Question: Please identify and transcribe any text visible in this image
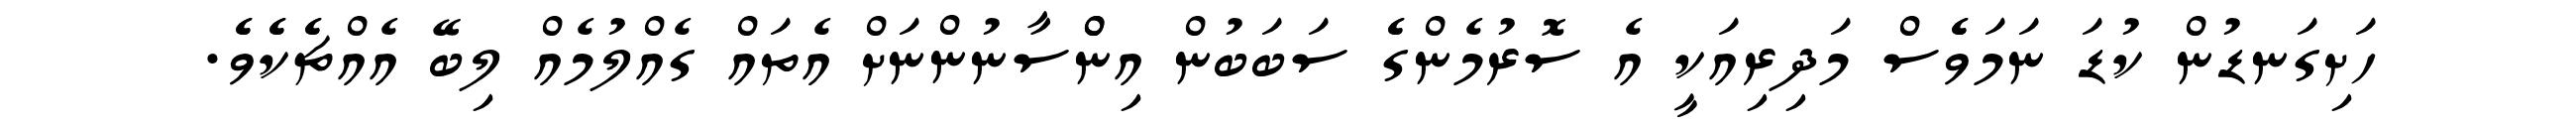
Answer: ހަށިގަނޑުން ކުޑަ ނަމަވެެސް މަދިރިއަކީ އެ ސޮރުމެންގެެ ސަބަބުން އިންްސާނުންނަށް އެތައް ގެއްލުމެއް ލިބޭ އެއްޗެެކެެވެެ.